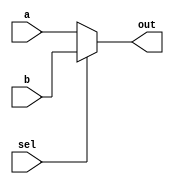
module MUX2_1 (a, b, sel, out);	 
	input [31:0] a;
	input [31:0] b;
	input sel;
	output [31:0] out;
	assign  out = (sel == 0)? a : b;
endmodule			

module MUX4x1_5(i0,i1,i2,sel,out);
input [4:0]i0;
input [4:0]i1;
input [4:0]i2;  
input [1:0] sel;
output reg [4:0] out;
always @(*) begin
  if(sel == 2'b00) out = i0;
  else if(sel == 2'b01) out = i1;
  else if(sel == 2'b10) out = i2;
	  end
endmodule		

module MUX4x1_32(i0,i1,i2,sel,out);
	input [31:0]i0;
	input [31:0]i1;
	input [31:0]i2;  
	input [1:0] sel;
	output reg [31:0] out; 
	always @(*) begin
	  if(sel == 2'b00) out = i0;
		  else if(sel == 2'b01) out = i1;
		  else if(sel == 2'b10) out = i2;
		  end
endmodule